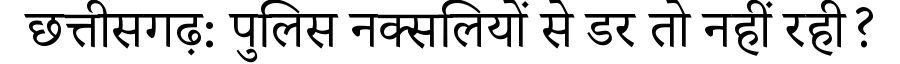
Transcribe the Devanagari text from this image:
छत्तीसगढ़: पुलिस नक्सलियों से डर तो नहीं रही?